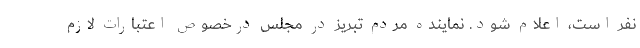
نفر است، اعلام شود. نماینده مردم تبریز در مجلس درخصوص اعتبارات لازم